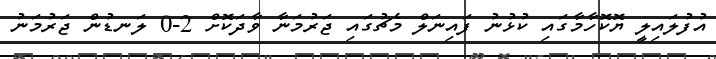
އުފުލައިލީ ޔޮކޮހާމާގައި ކުޅުނު ފައިނަލް މެޗުގައި ޖަރުމަނާ ވާދަކޮށް 2-0 ލަނޑުން ޖަރުމަނު